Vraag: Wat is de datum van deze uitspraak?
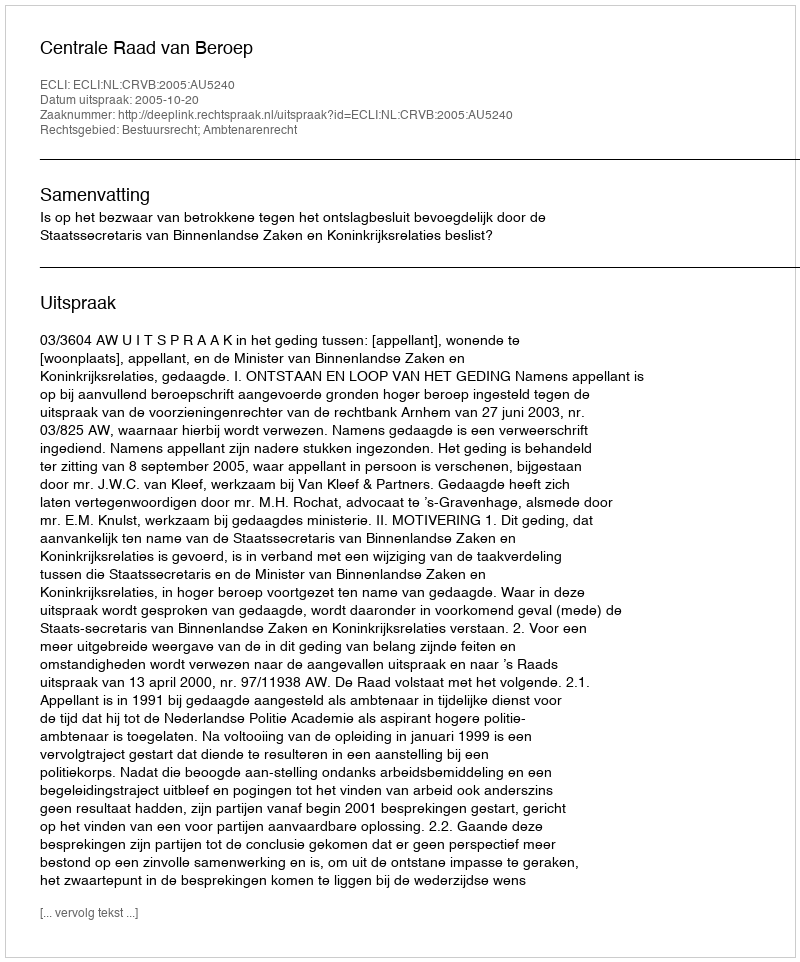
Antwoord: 2005-10-20